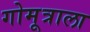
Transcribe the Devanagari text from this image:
गोमूत्राला